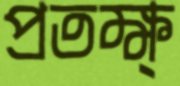
প্রতক্ষ্